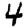
Digit: 4